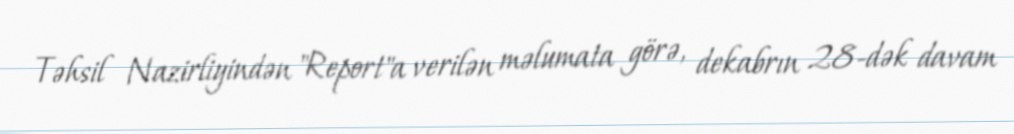
Təhsil Nazirliyindən "Report"a verilən məlumata görə, dekabrın 28-dək davam